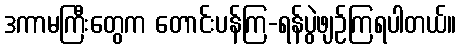
ဒကာမကြီးတွေက တောင်းပန်ကြ-ရန်ပွဲဖျဉ်ကြရပါတယ်။